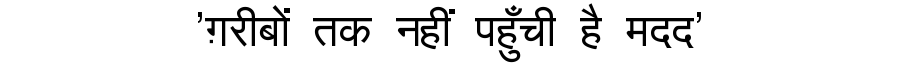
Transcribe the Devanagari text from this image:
'ग़रीबों तक नहीं पहुँची है मदद'